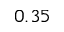
0 . 3 5